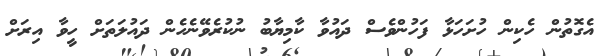
އެގޮތުން ހެކިން ހުށަހަޅާ ފަހުންވެސް ދައުވާ ކާމިޔާބު ނުކުރެވޭނެހެން ދައުލަތަށް ހީވާ އިރަށް